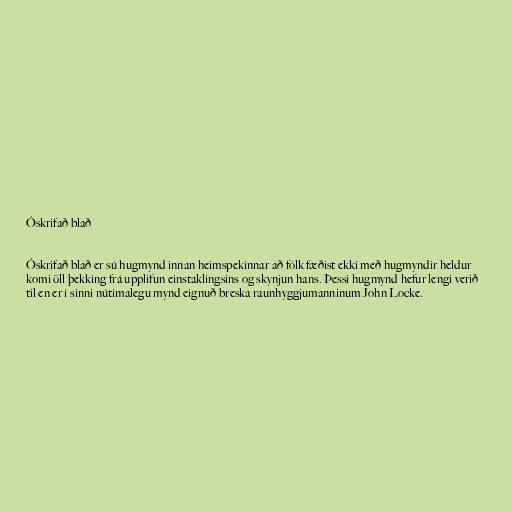
Óskrifað blað

Óskrifað blað er sú hugmynd innan heimspekinnar að fólk fæðist ekki með hugmyndir heldur
komi öll þekking frá upplifun einstaklingsins og skynjun hans. Þessi hugmynd hefur lengi verið
til en er í sinni nútímalegu mynd eignuð breska raunhyggjumanninum John Locke.